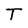
Character: T